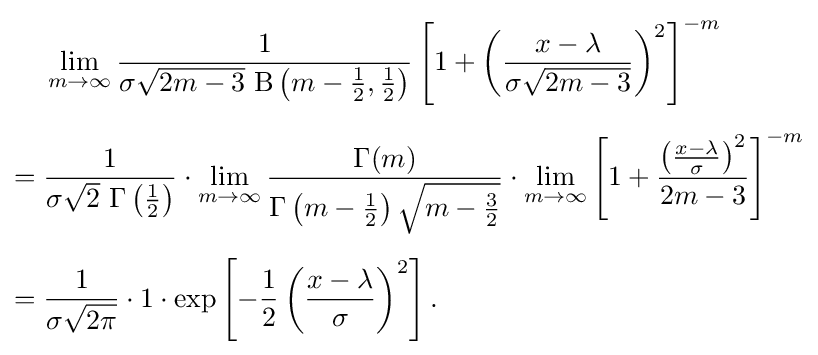
{\begin{aligned}&\lim _{m\to \infty }{\frac {1}{\sigma {\sqrt {2m-3}}\,\operatorname {\mathrm {B} } \left(m-{\frac {1}{2}},{\frac {1}{2}}\right)}}\left[1+\left({\frac {x-\lambda }{\sigma {\sqrt {2m-3}}}}\right)^{2}\right]^{-m}\\[5pt]={}&{\frac {1}{\sigma {\sqrt {2}}\,\operatorname {\Gamma } \left({\frac {1}{2}}\right)}}\cdot \lim _{m\to \infty }{\frac {\Gamma (m)}{\operatorname {\Gamma } \left(m-{\frac {1}{2}}\right){\sqrt {m-{\frac {3}{2}}}}}}\cdot \lim _{m\to \infty }\left[1+{\frac {\left({\frac {x-\lambda }{\sigma }}\right)^{2}}{2m-3}}\right]^{-m}\\[5pt]={}&{\frac {1}{\sigma {\sqrt {2\pi }}}}\cdot 1\cdot \exp \left[-{\frac {1}{2}}\left({\frac {x-\lambda }{\sigma }}\right)^{2}\right].\end{aligned}}